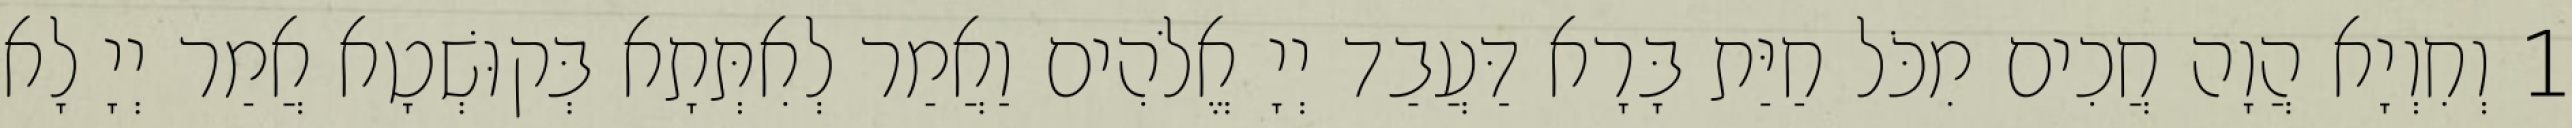
1 וְחִוְיָא הֲוָה חֲכִים מִכֹּל חַיַּת בָּרָא דַּעֲבַד יְיָ אֱלֹהִים וַאֲמַר לְאִתְּתָא בְּקוּשְׁטָא אֲמַר יְיָ לָא